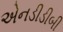
એનડીડીબી